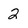
Character: 2